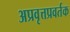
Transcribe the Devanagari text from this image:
अप्रवृत्तप्रवर्तक